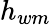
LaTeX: h_{wm}